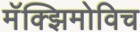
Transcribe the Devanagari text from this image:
मॅक्झिमोविच